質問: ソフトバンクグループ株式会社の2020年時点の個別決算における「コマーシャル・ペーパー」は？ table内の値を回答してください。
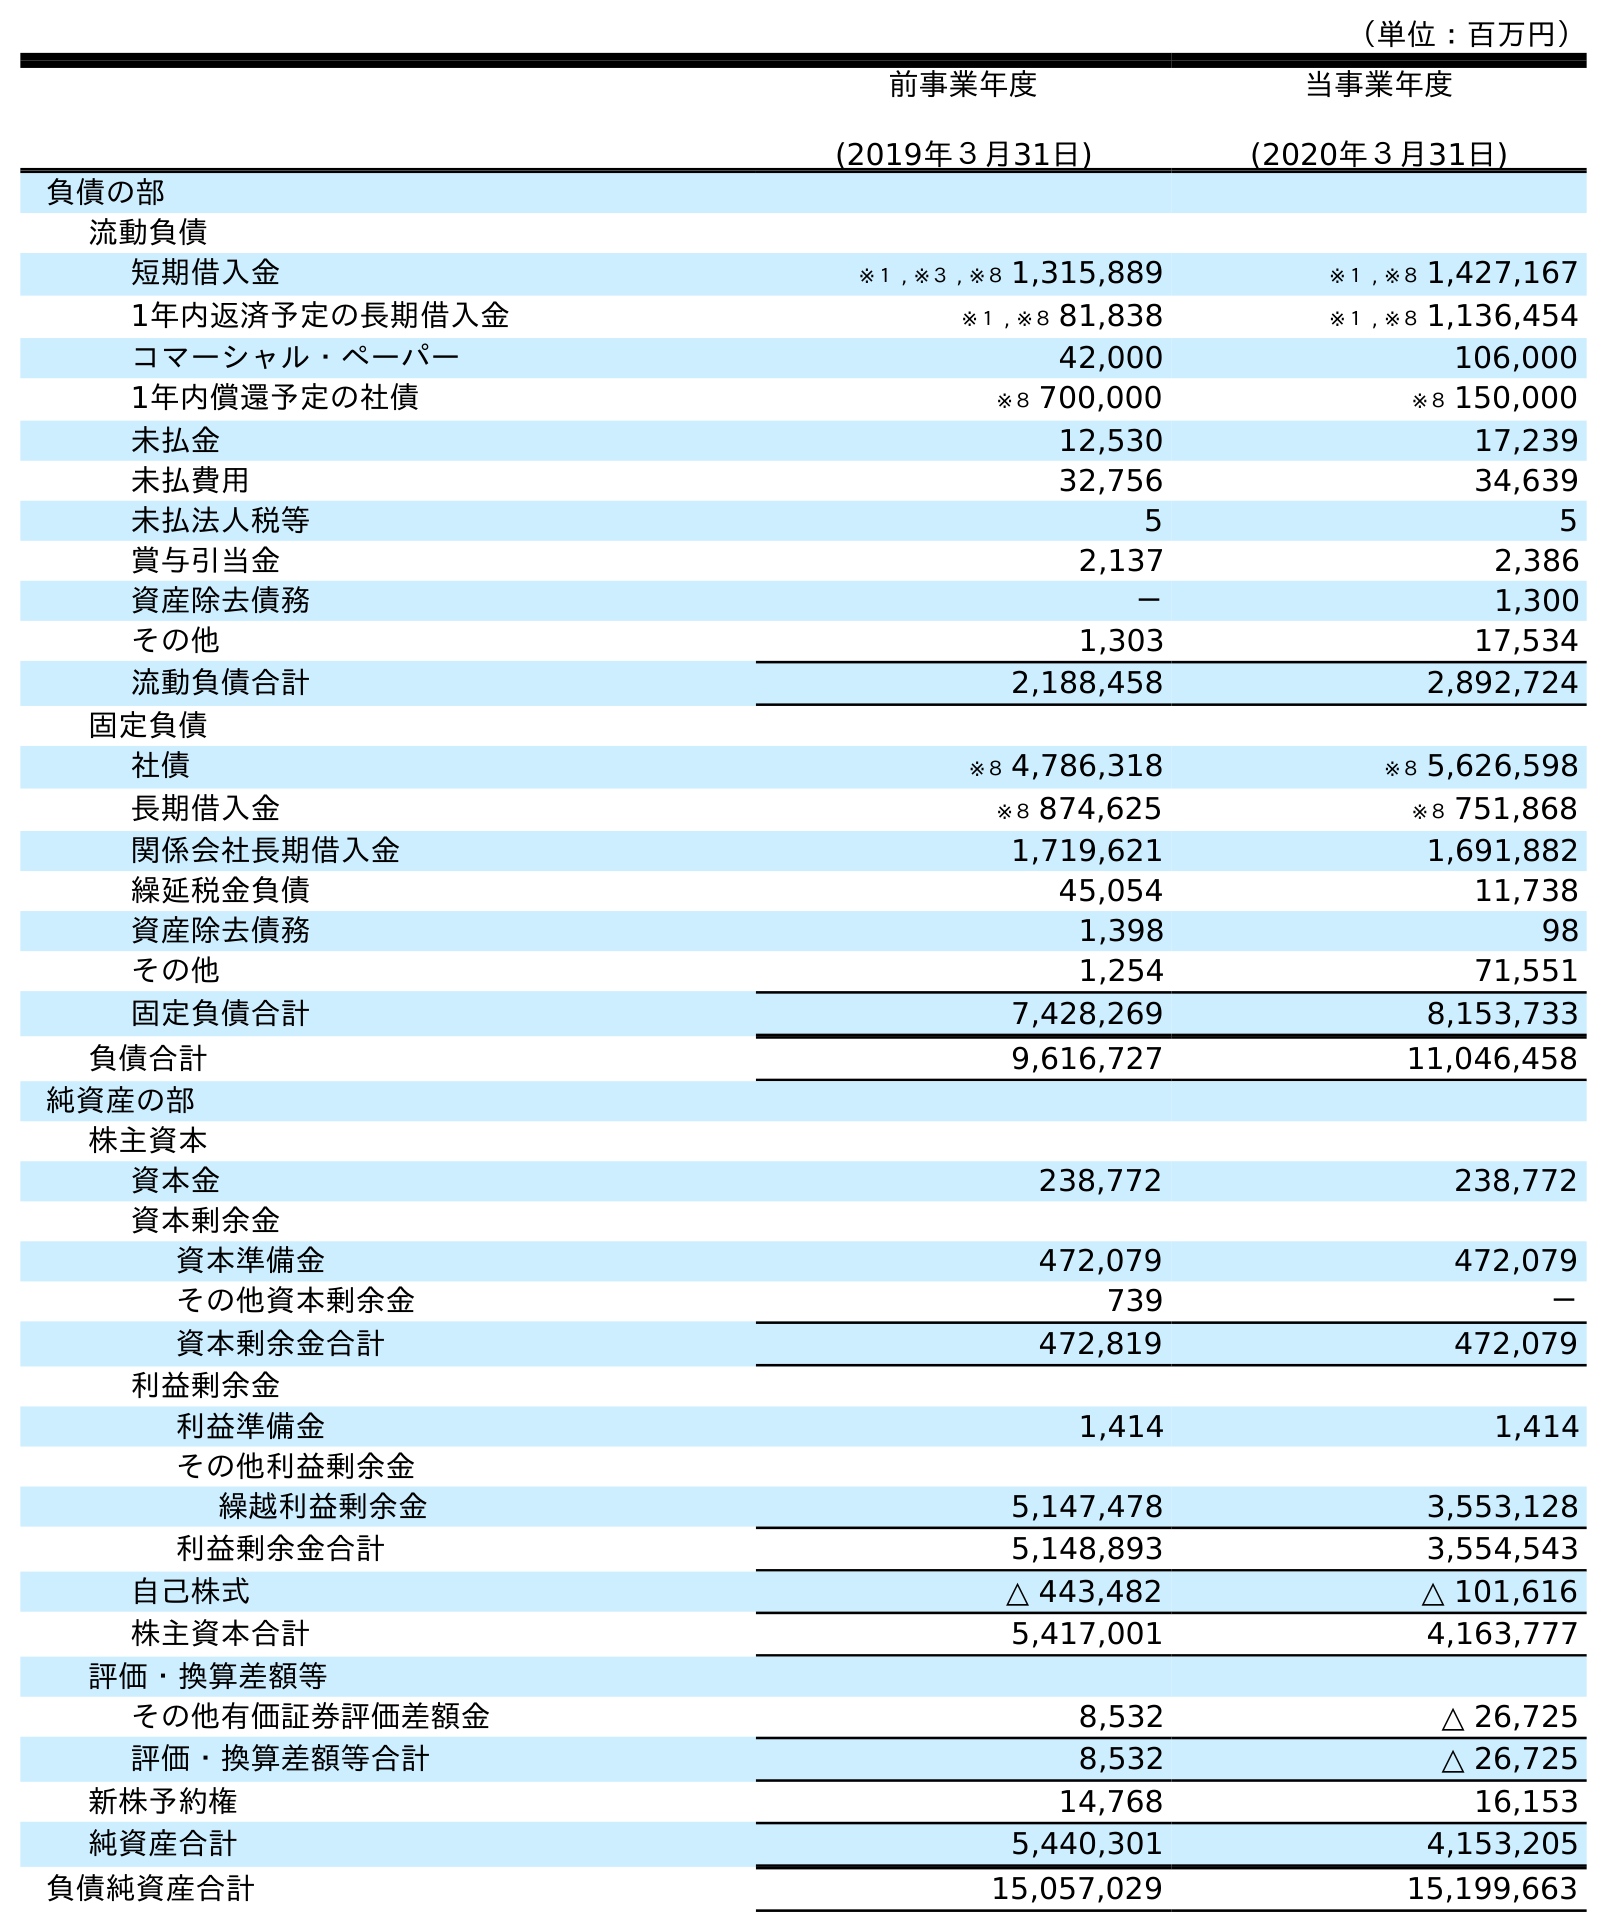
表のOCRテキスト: （単位：百万円） 前事業年度 (2019年３月31日) 当事業年度 (2020年３月31日) 負債の部 流動負債 短期借入金 ※１ , ※３ , ※８ 1,315,889 ※１ , ※８ 1,427,167 1年内返済予定の長期借入金 ※１ , ※８ 81,838 ※１ , ※８ 1,136,454 コマーシャル・ペーパー 42,000 106,000 1年内償還予定の社債 ※８ 700,000 ※８ 150,000 未払金 12,530 17,239 未払費用 32,756 34,639 未払法人税等 5 5 賞与引当金 2,137 2,386 資産除去債務 － 1,300 その他 1,303 17,534 流動負債合計 2,188,458 2,892,724 固定負債 社債 ※８ 4,786,318 ※８ 5,626,598 長期借入金 ※８ 874,625 ※８ 751,868 関係会社長期借入金 1,719,621 1,691,882 繰延税金負債 45,054 11,738 資産除去債務 1,398 98 その他 1,254 71,551 固定負債合計 7,428,269 8,153,733 負債合計 9,616,727 11,046,458 純資産の部 株主資本 資本金 238,772 238,772 資本剰余金 資本準備金 472,079 472,079 その他資本剰余金 739 － 資本剰余金合計 472,819 472,079 利益剰余金 利益準備金 1,414 1,414 その他利益剰余金 繰越利益剰余金 5,147,478 3,553,128 利益剰余金合計 5,148,893 3,554,543 自己株式 △ 443,482 △ 101,616 株主資本合計 5,417,001 4,163,777 評価・換算差額等 その他有価証券評価差額金 8,532 △ 26,725 評価・換算差額等合計 8,532 △ 26,725 新株予約権 14,768 16,153 純資産合計 5,440,301 4,153,205 負債純資産合計 15,057,029 15,199,663
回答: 106,000